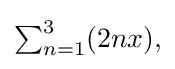
{\textstyle \sum _{n=1}^{3}(2nx),}